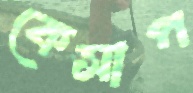
কেসাপ